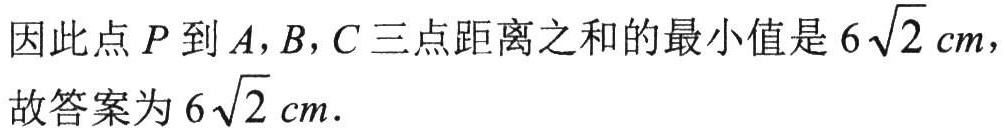
因此点\(P\)到\(A,B,C\)三点距离之和的最小值是\(6\sqrt{2}\ cm\)，

故答案为\(6\sqrt{2}\ cm\).